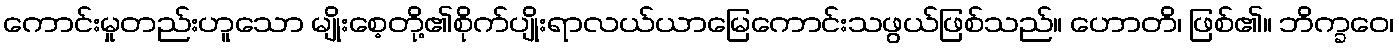
ကောင်းမှုတည်းဟူသော မျိုးစေ့တို့၏စိုက်ပျိုးရာလယ်ယာမြေကောင်းသဖွယ်ဖြစ်သည်။ ဟောတိ၊ ဖြစ်၏။ ဘိက္ခဝေ၊